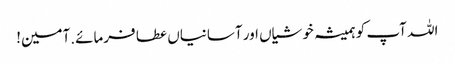
اللہ آپ کو ہمیشہ خوشیاں اور آسانیاں عطا فرمائے.آمین!